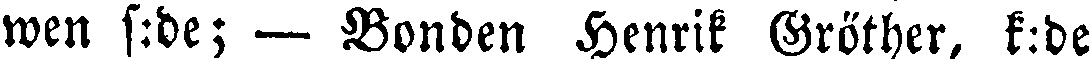
wen s:de; — Bonden Henrik Gröther, k:de